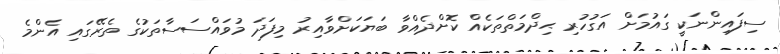
ސިފައިންނަކީ ގައުމަށް އަގުހުރި ޙިދްމަތްތަކެއް ކޮށްދެއްވާ ބަޔަކަށްވާއިރު މިފަދަ މުވައްސަސާތަކުގެ ތެރޭގައި އެންމެ